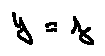
y = z